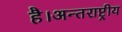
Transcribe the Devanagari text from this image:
है।अन्तराष्ट्रीय